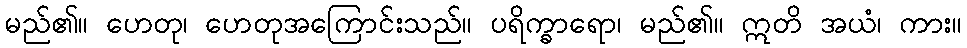
မည်၏။ ဟေတု၊ ဟေတုအကြောင်းသည်။ ပရိက္ခာရော၊ မည်၏။ ဣတိ အယံ၊ ကား။